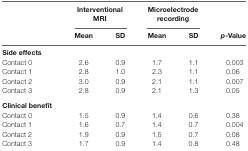
<table><thead><tr><td></td><td colspan="2"><b>Interventional MRI</b></td><td colspan="2"><b>Microelectrode recording</b></td><td></td></tr><tr><td></td><td><b>Mean</b></td><td><b>SD</b></td><td><b>Mean</b></td><td><b>SD</b></td><td><b><i>p</i>-Value</b></td></tr></thead><tbody><tr><td><b>Side effects</b></td><td></td><td></td><td></td><td></td><td></td></tr><tr><td>Contact 0</td><td>2.6</td><td>0.9</td><td>1.7</td><td>1.1</td><td>0.003</td></tr><tr><td>Contact 1</td><td>2.8</td><td>1.0</td><td>2.3</td><td>1.1</td><td>0.06</td></tr><tr><td>Contact 2</td><td>3.0</td><td>0.9</td><td>2.1</td><td>1.1</td><td>0.007</td></tr><tr><td>Contact 3</td><td>2.8</td><td>0.9</td><td>2.1</td><td>1.3</td><td>0.05</td></tr><tr><td><b>Clinical benefit</b></td><td></td><td></td><td></td><td></td><td></td></tr><tr><td>Contact 0</td><td>1.5</td><td>0.9</td><td>1.4</td><td>0.6</td><td>0.38</td></tr><tr><td>Contact 1</td><td>1.6</td><td>0.7</td><td>1.4</td><td>0.7</td><td>0.004</td></tr><tr><td>Contact 2</td><td>1.9</td><td>0.9</td><td>1.5</td><td>0.7</td><td>0.08</td></tr><tr><td>Contact 3</td><td>1.7</td><td>0.9</td><td>1.4</td><td>0.8</td><td>0.48</td></tr></tbody></table>